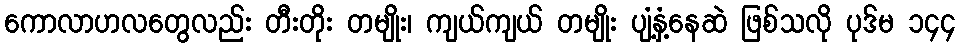
ကောလာဟလတွေလည်း တီးတိုး တမျိုး၊ ကျယ်ကျယ် တမျိုး ပျံ့နှံ့နေဆဲ ဖြစ်သလို ပုဒ်မ ၁၄၄